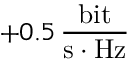
+ 0 . 5 \, \frac { \mathrm { b i t } } { \mathrm { s } \cdot \mathrm { H z } }